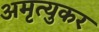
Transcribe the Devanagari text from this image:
अमृत्युकर